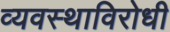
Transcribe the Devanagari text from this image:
व्यवस्थाविरोधी